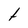
Character: t